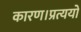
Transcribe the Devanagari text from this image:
कारण।प्रत्ययो